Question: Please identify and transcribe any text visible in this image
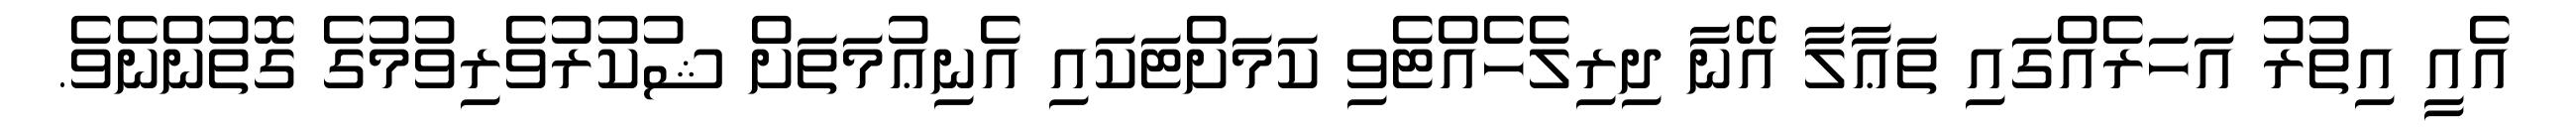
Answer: އެއީ އިތުރު އަހަރެއްގައި ތަޢާލާ އޭނާ ދިރިލެހެއްޓެވި ކަމަށްޓަކައި އެނިޢުމަތަށް ޝުކުރުވެރިވުމުގެ ގޮތުންނެވެ.